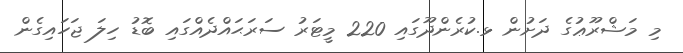
މި މަޝްރޫޢުގެ ދަށުން ޅ.ކުރެންދޫގައި 220 މީޓަރު ސަރަޙައްދެއްގައި ބޮޑު ހިލަ ޖަހައިގެން